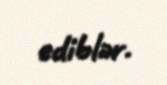
ediblər.